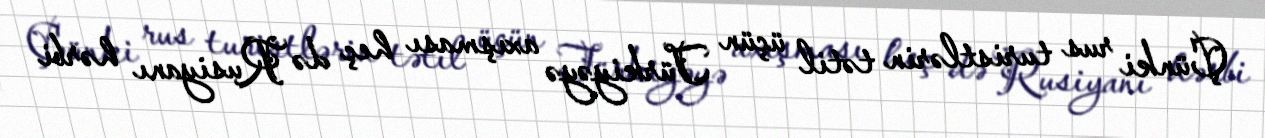
Çünki rus turistlərin tətil üçün Türkiyəyə axışması heç də Rusiyanı hərbi